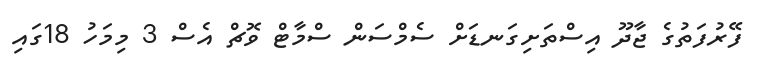
ފޭރުފަތުގެ ޖާދޫ އިސްތަށިގަނޑަށް ސެމްސަން ސްމާޓް ވޮޗް އެސް 3 މިމަހު 18ގައި